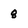
Character: 8